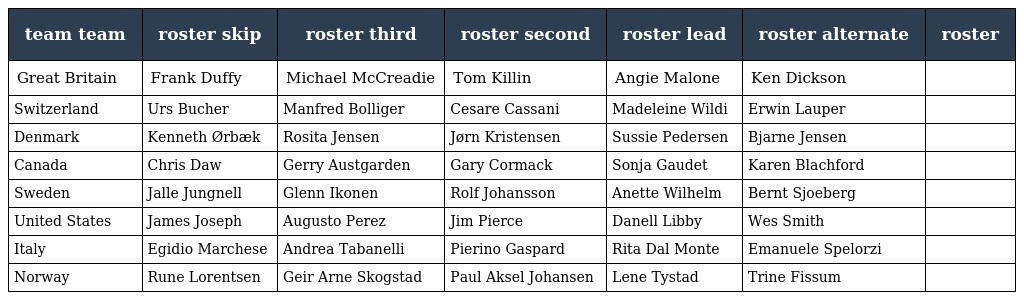
| team team | roster skip | roster third | roster second | roster lead | roster alternate | roster |
 | --- | --- | --- | --- | --- | --- | --- |
 | Great Britain | Frank Duffy | Michael McCreadie | Tom Killin | Angie Malone | Ken Dickson |  |
 | Switzerland | Urs Bucher | Manfred Bolliger | Cesare Cassani | Madeleine Wildi | Erwin Lauper |  |
 | Denmark | Kenneth Ørbæk | Rosita Jensen | Jørn Kristensen | Sussie Pedersen | Bjarne Jensen |  |
 | Canada | Chris Daw | Gerry Austgarden | Gary Cormack | Sonja Gaudet | Karen Blachford |  |
 | Sweden | Jalle Jungnell | Glenn Ikonen | Rolf Johansson | Anette Wilhelm | Bernt Sjoeberg |  |
 | United States | James Joseph | Augusto Perez | Jim Pierce | Danell Libby | Wes Smith |  |
 | Italy | Egidio Marchese | Andrea Tabanelli | Pierino Gaspard | Rita Dal Monte | Emanuele Spelorzi |  |
 | Norway | Rune Lorentsen | Geir Arne Skogstad | Paul Aksel Johansen | Lene Tystad | Trine Fissum |  |